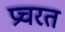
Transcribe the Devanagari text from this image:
प्रचरत